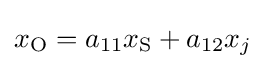
x_{\text{O}}=a_{11}x_{\text{S}}+a_{12}x_{j}